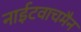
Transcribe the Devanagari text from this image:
नाईटवाचमैन